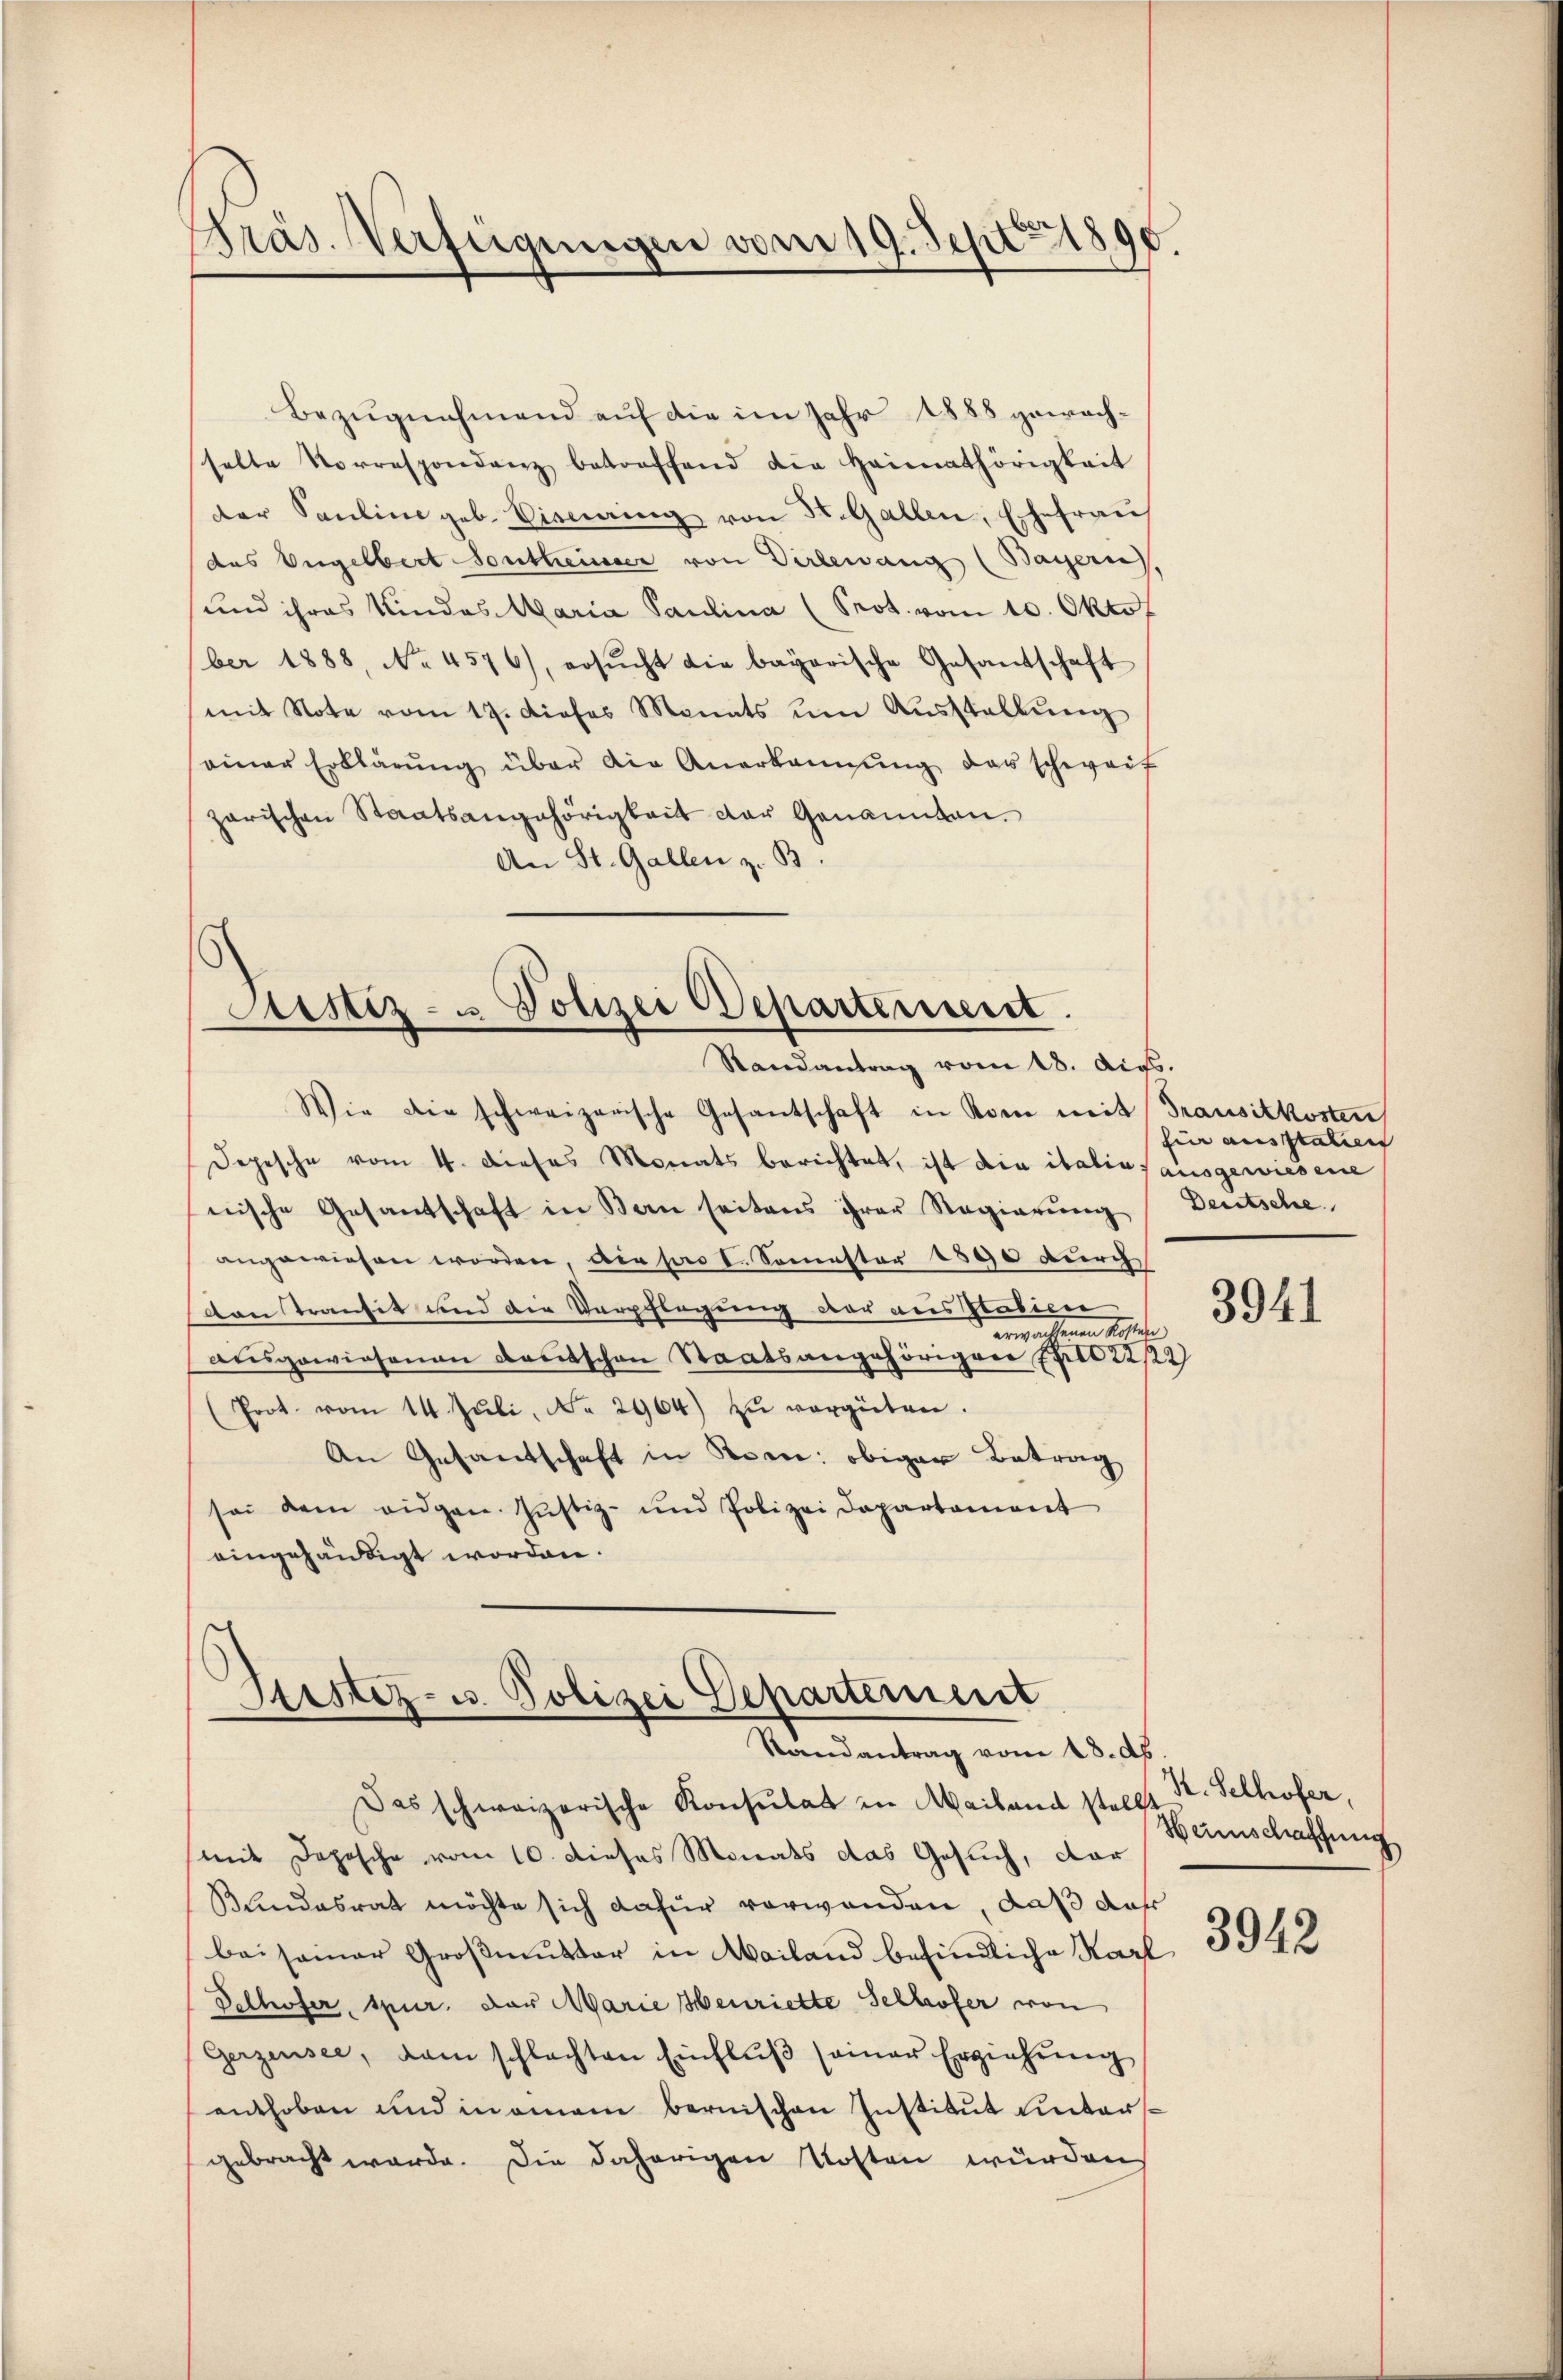
Präs. Verfügungen vom 19. Sept 1890.

Bezugnahmend auf die im Jahr 1888 gewachhalte Vorrespondenz betreffend die Heimathörigkeit
der Sauline geb. Vising von St. Gallen, Ehefrau
(das Engelbert Sontheiner von Dirlewang (Bayern,
und ihres Kindes Maria Paulina (Prot. vom 10. Oktof
ber 1888, No 4576), ersŭcht die bayerische Gesandschaft
mit Note vom 17. dieses Monats ŭm Aŭsstellŭng
einer Erklärŭng über die Anerkannung des schweif
garischen Staatsangehörigkeit der Genannten.
An St. Gallen z. B.

Astiz- u. Polizei Departement.
Randantrag vom 18. dir.

Wie die schweizerische Gesantschaft in Rom mit Transitkosten
Depesche vom 4. dieses Monats berichtet, ist die italia, ausgewiesene
nische Gesantschaft in Bau seitens ihrer Regierŭng Deutsche
angewiesen worden, die pro 1. Semester 1890 durch
von Transit und die Verpflegung der aus Pabien
erwaltenen erstehe
ausgewiesenen docitschen Staatsangehörigen Fall 22/22)
Prot. vom 14. Juli, No 2964) zŭ vergüten.
An Gesandschaft in Bern: obiger Betrag
sei dem eidgen. Jŭstiz- und Polizei Departament
eingehändigt worden.

¬
Sistiz- u. Polizei Departement
Randantrag vom 28. d.

fin ausstatten

Das schweizerische Konsulat in Mailand stellt Hr. Selhofer,
mit Depesche vom 10. dieses Monats das Gesuch, dar
Bundesrath möchte sich dafür vorwanden, daß daß
bei seiner Großmutter in Mailand befindliche Karl
Delhofer, spur. der Marie Henriette Selhofer von
Gerzensee, dem schlachten Einflŭβ seiner Erziehŭng
enthoben und in amen bernischen Institut untersgebracht werde. Die daherigen Kosten wurden

3941

Heimschaffung

3942